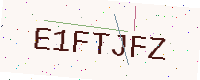
Text: E1FTJFZ